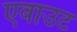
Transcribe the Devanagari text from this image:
एवाउट